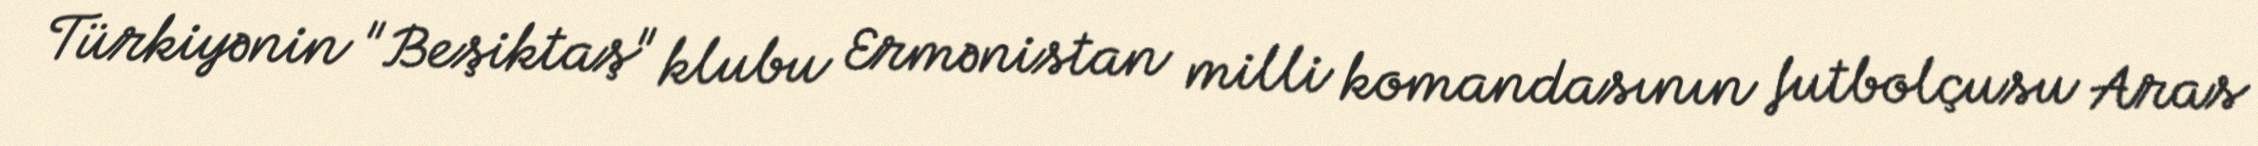
Türkiyənin "Beşiktaş" klubu Ermənistan milli komandasının futbolçusu Aras